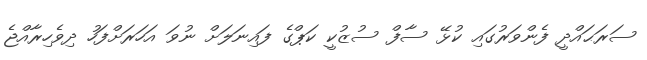
ސަރަޙައްދީ ފެންވަރުގައި ކުޅޭ ސާފް ސުޒުކީ ކަޕްގެ ފައިނަލަށް ނުވަ އަހަރަށްފަހު ދިވެހިރާއްޖެ